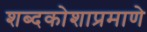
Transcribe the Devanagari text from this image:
शब्दकोशाप्रमाणे